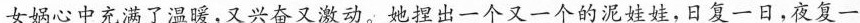
女娲心中充满了温暖，又兴奋又激动。她捏出一个又一个的泥娃娃，日复一日，夜复一